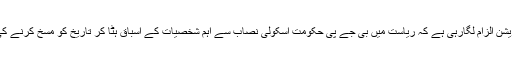
انہوں نے کہا کہ اپوزیشن الزام لگارہی ہے کہ ریاست میں بی جے پی حکومت اسکولی نصاب سے اہم شخصیات کے اسباق ہٹا کر تاریخ کو مسخ کرنے کی کوشش کررہی ہے۔